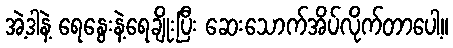
အဲ့ဒါနဲ့ ရေနွေးနဲ့ရေချိုးပြီး ဆေးသောက်အိပ်လိုက်တာပေါ့။